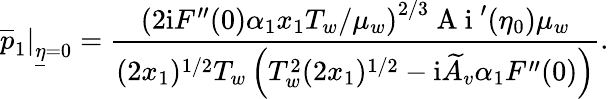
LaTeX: \left.\overline{{p}}_{1}\right\vert_{\underline{{\eta}}=0}=\frac{\left(2\mathrm{i}F^{\prime\prime}(0)\alpha_{1}x_{1}T_{w}/\mu_{w}\right)^{2/3}\mathrm{~A~i~}^{\prime}(\eta_{0})\mu_{w}}{(2x_{1})^{1/2}T_{w}\left(T_{w}^{2}(2x_{1})^{1/2}-\mathrm{i}\widetilde{A}_{v}\alpha_{1}F^{\prime\prime}(0)\right)}.